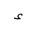
Letter: _hamza